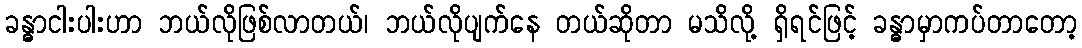
ခန္ဓာငါးပါးဟာ ဘယ်လိုဖြစ်လာတယ်၊ ဘယ်လိုပျက်နေ တယ်ဆိုတာ မသိလို့ ရှိရင်ဖြင့် ခန္ဓာမှာကပ်တာတော့